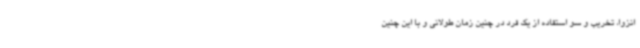
انزوا، تخریب و سو استفاده از یک فرد در چنین زمان طولانی و با این چنین